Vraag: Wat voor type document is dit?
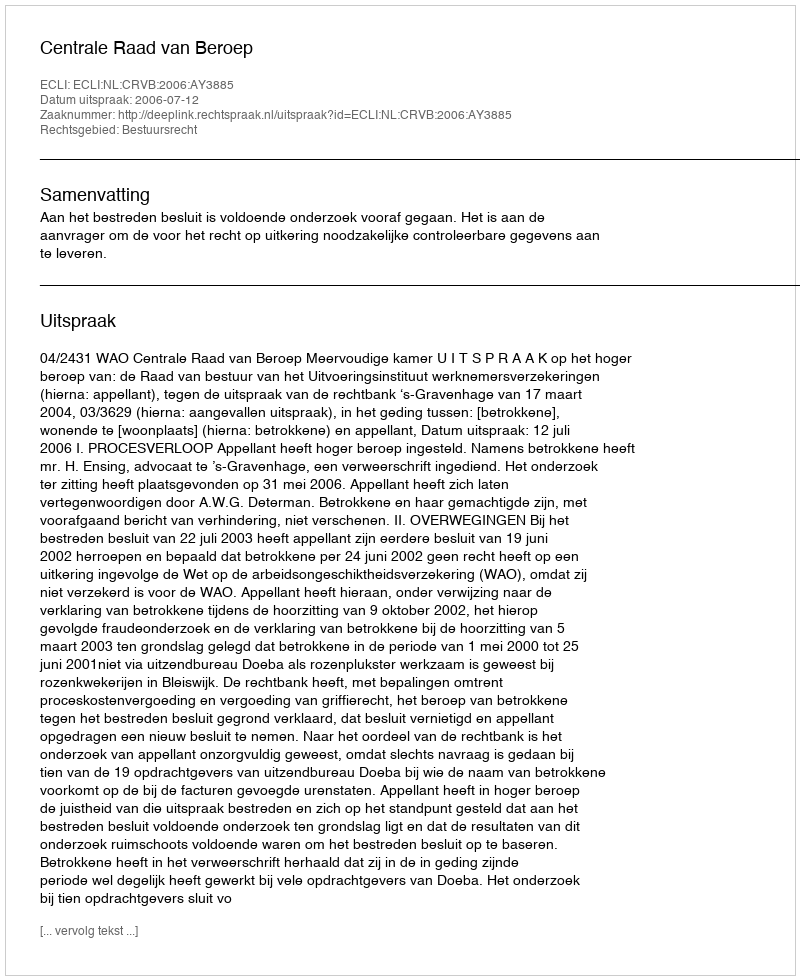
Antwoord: Uitspraak